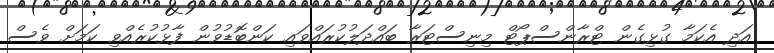
އަދި އެކަމާ ގުޅިގެން ޓްރާންސްޕޯޓް މިނިސްޓަރާ ބައްދަލުކުރައްވައި ކަންބޮޑުވުން ފާޅުކުރެއްވި ކަމަށް ވެސް